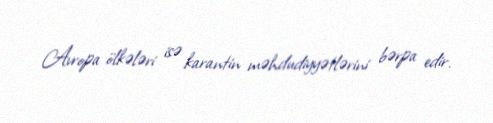
Avropa ölkələri isə karantin məhdudiyyətlərini bərpa edir.